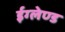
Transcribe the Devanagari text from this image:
ईग्‍लेण्‍ड